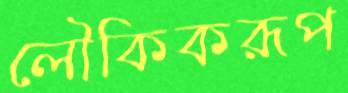
লৌকিকরূপ